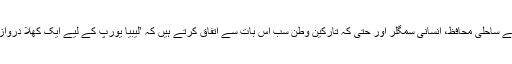
لیبیا کے ساحلی محافظ، انسانی سمگلر اور حتیٰ کہ تارکین وطن سب اس بات سے اتفاق کرتے ہیں کہ ’لیبیا یورپ کے لیے ایک کھلا دروازہ ہے۔